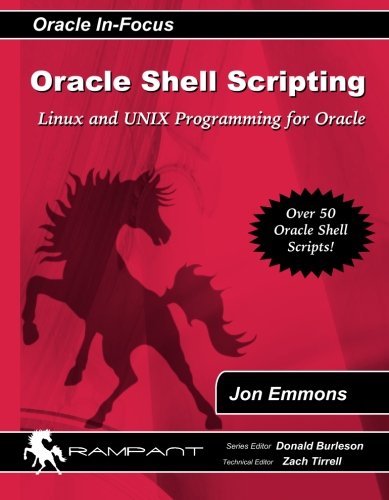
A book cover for Oracle Shell Scripting: Linux and UNIX Programming for Oracle (Oracle In-Focus series) (Volume 26); Jon Emmons; Computers & Technology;